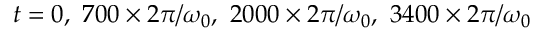
t = 0 , \ 7 0 0 \times 2 \pi / \omega _ { 0 } , \ 2 0 0 0 \times 2 \pi / \omega _ { 0 } , \ 3 4 0 0 \times 2 \pi / \omega _ { 0 }